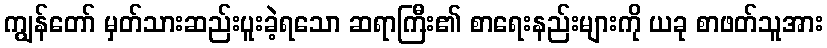
ကျွန်တော် မှတ်သားဆည်းပူးခဲ့ရသော ဆရာကြီး၏ စာရေးနည်းများကို ယခု စာဖတ်သူအား